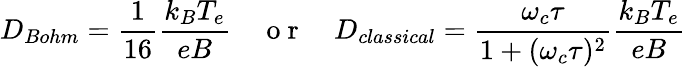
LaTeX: D_{Bohm}=\frac{1}{16}\frac{k_{B}T_{e}}{eB}\quad\mathrm{~o~r~}\quad D_{classical}=\frac{\omega_{c}\tau}{1+(\omega_{c}\tau)^{2}}\frac{k_{B}T_{e}}{eB}